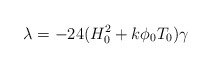
\begin{align*}{\lambda}=-24(H_{0}^{2}+k{\phi}_{0}T_{0}){\gamma}\end{align*}